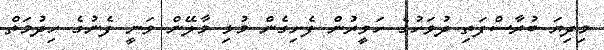
މިދިޔަ ބުރާސްފަތި ދުވަހުގެ ހަވީރުން ފެށިގެން މުޅި މާލޭން ވަނީ ފެނުގެ ހިދުމަތް